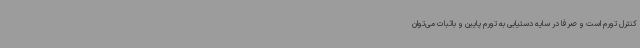
کنترل تورم است و صرفاً در سایه دستیابی به تورم پایین و باثبات می‌توان